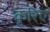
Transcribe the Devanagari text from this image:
कृरिए